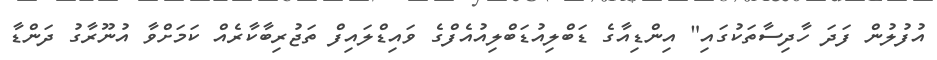
އުފުލުން ފަދަ ހާދިސާތަކުގައި" އިންޑިއާގެ ޑަބްލިއުޑަބްލިއުއެފްގެ ވައިޑްލައިފް ތަޖުރިބާކާރެއް ކަމަށްވާ އުނޫރާގު ދަންޑާ